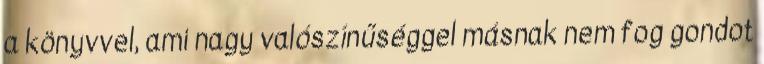
a könyvvel, ami nagy valószínűséggel másnak nem fog gondot